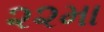
૨૨મા